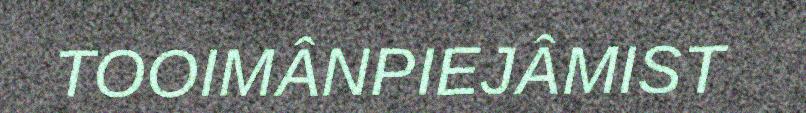
TOOIMÂNPIEJÂMIST